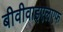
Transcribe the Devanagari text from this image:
बीवीवाइएलएफ